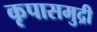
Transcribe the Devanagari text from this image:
कृपासमुद्री